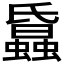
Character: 𧓢